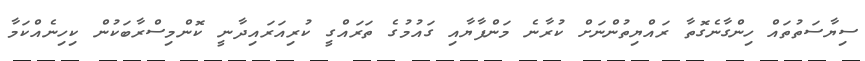
ސިޔާސަތުތައް ހިންގާނެގޮތާ ރައްޔިތުންނަށް ކުރާނެ މަންފާޔާއި ގައުމުގެ ތަރައްގީ ކުރިއަރައިދާނީ ކޮންމިސްރާބަކުން ކިހިނެއްކަމާ